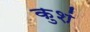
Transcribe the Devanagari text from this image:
कुशं